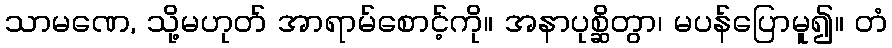
သာမဏေ, သို့မဟုတ် အာရာမ်စောင့်ကို။ အနာပုစ္ဆိတွာ၊ မပန်ပြောမူ၍။ တံ